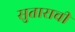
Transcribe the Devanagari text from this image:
सुताराची